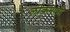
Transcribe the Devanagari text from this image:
लोकमात्री